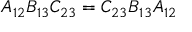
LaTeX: A _ { 1 2 } B _ { 1 3 } C _ { 2 3 } = C _ { 2 3 } B _ { 1 3 } A _ { 1 2 }